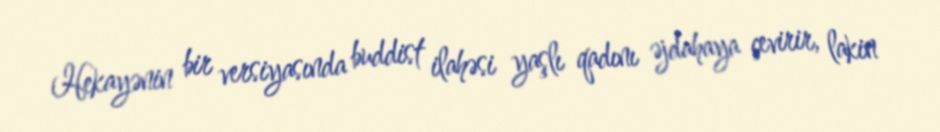
Hekayənin bir versiyasında buddist ilahəsi yaşlı qadını əjdahaya çevirir, lakin